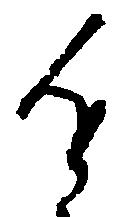
進